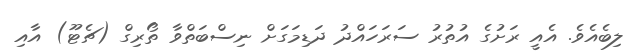
ލިބެއެވެ. އެއީ ރަށުގެ އުތުރު ސަރަހައްދު ދަޑިމަގަށް ނިސްބަތްވާ ތޯރިގް (ޗެޓޫ) އާއި